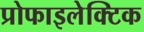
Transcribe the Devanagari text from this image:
प्रोफाइलेक्टिक